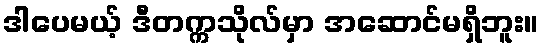
ဒါပေမယ့် ဒီတက္ကသိုလ်မှာ အဆောင်မရှိဘူး။